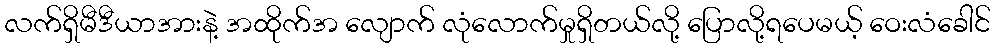
လက်ရှိမီဒီယာအားနဲ့ အထိုက်အ လျောက် လုံလောက်မှုရှိတယ်လို့ ပြောလို့ရပေမယ့် ဝေးလံခေါင်